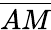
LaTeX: \overline{{AM}}